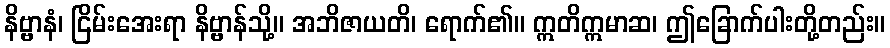
နိဗ္ဗာနံ၊ ငြိမ်းအေးရာ နိဗ္ဗာန်သို့။ အဘိဇာယတိ၊ ရောက်၏။ ဣတိဣမာဆ၊ ဤခြောက်ပါးတို့တည်း။